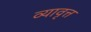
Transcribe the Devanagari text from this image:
व्यावृत्त